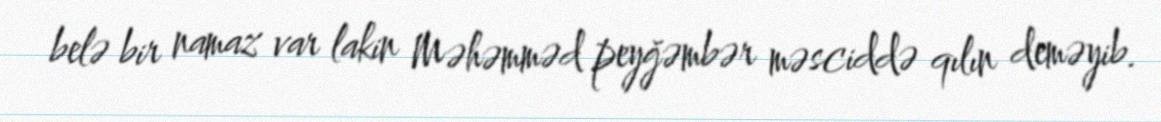
belə bir namaz var lakin Məhəmməd peyğəmbər məsciddə qılın deməyib.